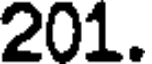
201.